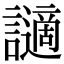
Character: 讁